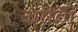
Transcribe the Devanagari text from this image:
यामि